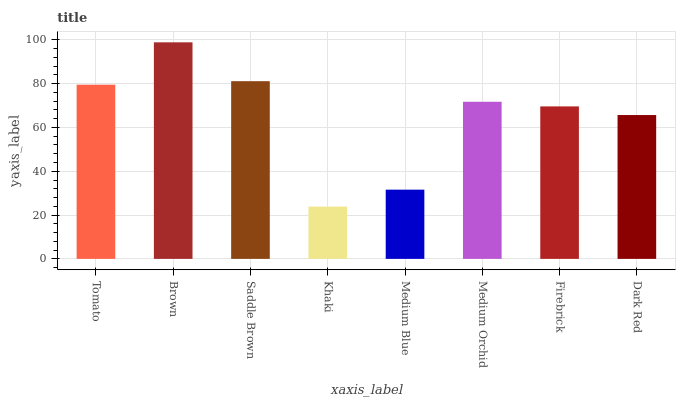
| xaxis_label | bars |
 | --- | --- |
 | Tomato | 79.5 |
 | Brown | 98.9 |
 | Saddle Brown | 81.1 |
 | Khaki | 23.9 |
 | Medium Blue | 31.6 |
 | Medium Orchid | 71.7 |
 | Firebrick | 69.6 |
 | Dark Red | 65.7 |